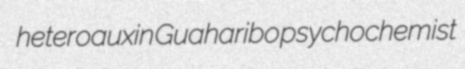
heteroauxin Guaharibo psychochemist